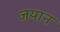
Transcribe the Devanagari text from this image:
जयान